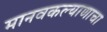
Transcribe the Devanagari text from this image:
मानवकल्याणाचा